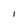
Character: I